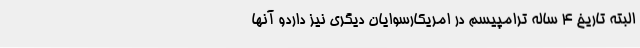
البته تاریخ 4 ساله ترامپیسم در امریکارسوایان دیگری نیز داردو آنها